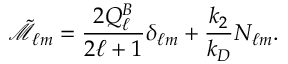
\tilde { \mathcal { M } } _ { \ell m } = \frac { 2 Q _ { \ell } ^ { B } } { 2 \ell + 1 } \delta _ { \ell m } + \frac { k _ { 2 } } { k _ { D } } N _ { \ell m } .